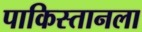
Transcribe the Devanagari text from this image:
पाकिस्तानला